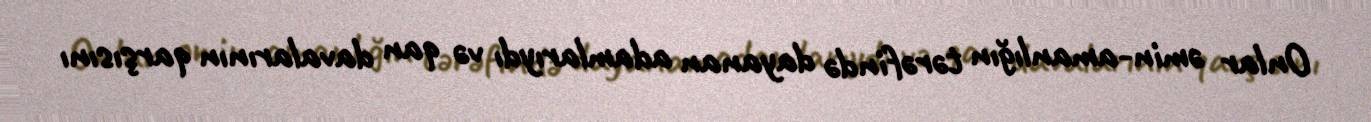
Onlar əmin-amanlığın tərəfində dayanan adamlarıydı və qan davalarının qarşısını